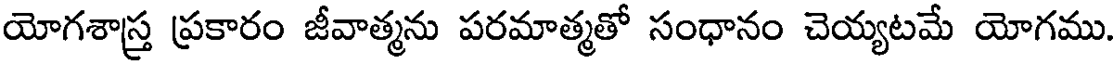
యోగశాస్త్ర ప్రకారం జీవాత్మను పరమాత్మతో సంధానం చెయ్యటమే యోగము.